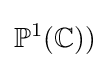
\mathbb {P} ^{1}(\mathbb {C} ))